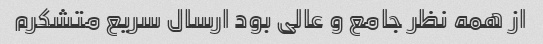
از همه نظر جامع و عالی بود ارسال سریع متشکرم